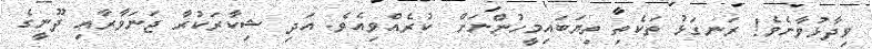
ވިދާޅުވާށެވެ! ރަނގަޅު ތަކެތި ތިޔަބައިމީހުންނަށް  ކުރެއްވިއެވެ. އަދި ޝިކާރަކުރާ ޖަނަވާރާއި ދޫނީގެ